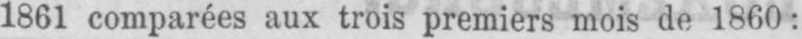
1861 comparées aux trois premiers mois de 1860: